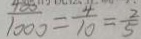
\frac { 4 0 0 } { 1 0 0 0 } = \frac { 4 } { 1 0 } = \frac { 2 } { 5 }